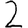
Digit: 2